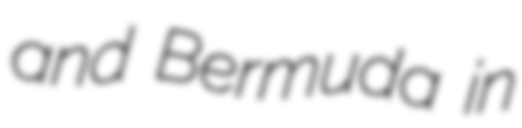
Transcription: and Bermuda in